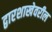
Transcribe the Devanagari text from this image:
द्वारशाखेवरील